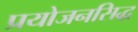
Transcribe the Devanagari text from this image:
प्रयोजनसिद्ध